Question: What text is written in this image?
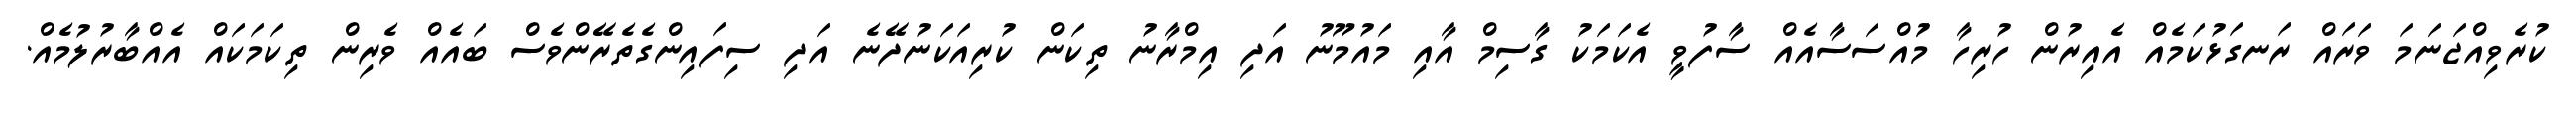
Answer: ކުރެވިއްޖަނަމަ ވަރައް ރަނގަޅުކަމެއް އެއިރުން ހުރިހާ މުައްސަސާއެއް ސާފުވީ އެކަމަކު ގާސިމް އާއި މައުމޫނު އަދި އިމްރާނު ތިކަން ކުރިއަކަނުދޭނެ އަދި ސިފައިންގެތެރޭންވެސް ބައެއް ވެރިން ތިކަމަކައް އެއްބާރުލުމެއް.